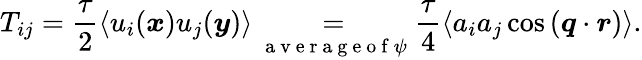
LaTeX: T_{ij}=\frac{\tau}{2}\left\langle u_{i}(\boldsymbol{x})u_{j}(\boldsymbol{y})\right\rangle\underset{\mathrm{~a~v~e~r~a~g~e~o~f~}\psi}{=}\frac{\tau}{4}\left\langle a_{i}a_{j}\cos{(\boldsymbol{q}\cdot\boldsymbol{r})}\right\rangle.